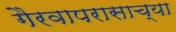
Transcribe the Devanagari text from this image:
गैरवापरासाच्या